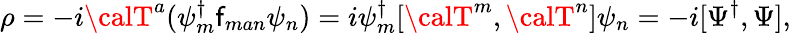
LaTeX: \rho=-i{\calT}^{a}({\psi}_{m}^{\dagger}\mathsf{f}_{man}{\psi}_{n})=i\psi_{m}^{\dagger}[{\calT}^{m},{\calT}^{n}]\psi_{n}=-i[\Psi^{\dagger},\Psi],